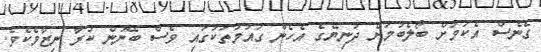
ގެނެސް އެކަމަށް ބޯލެބުމަށް ދުނިޔޭގެ އެހެން ގައުމުތަކުގައި ވެސް ބޭނުން ކުރާ ނިޒާމެކެވެ.